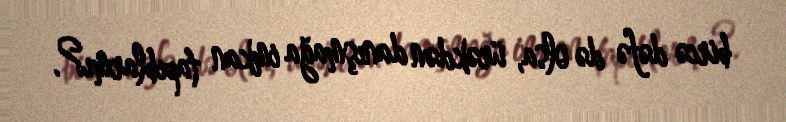
bircə dəfə də olsa, ürəkdən danışmağa imkan tapıblarmı?.